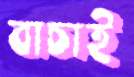
বাচাই